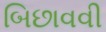
બિછાવવી